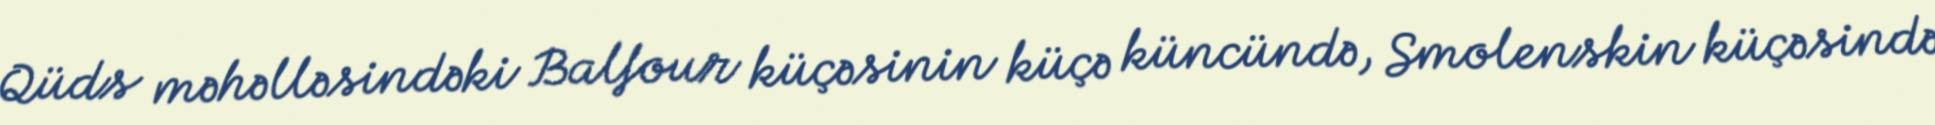
Qüds məhəlləsindəki Balfour küçəsinin küçə küncündə, Smolenskin küçəsində